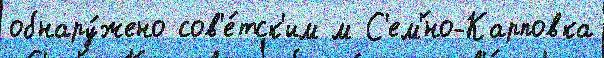
обнару́жено сов'е́тск'им м С'ем'́но-Карповка